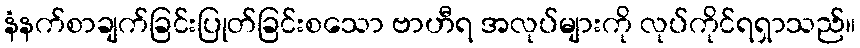
နံနက်စာချက်ခြင်းပြုတ်ခြင်းစသော ဗာဟီရ အလုပ်များကို လုပ်ကိုင်ရရှာသည်။